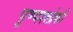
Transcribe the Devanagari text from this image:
पुण्‍यश्‍लोकी